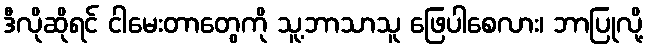
ဒီလိုဆိုရင် ငါမေးတာတွေကို သူ့ဘာသာသူ ဖြေပါစေလား၊ ဘာပြုလို့